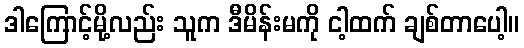
ဒါကြောင့်မို့လည်း သူက ဒီမိန်းမကို ငါ့ထက် ချစ်တာပေါ့။